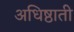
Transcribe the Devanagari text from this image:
अधिष्ठाती